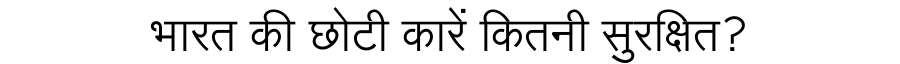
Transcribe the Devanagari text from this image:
भारत की छोटी कारें कितनी सुरक्षित?